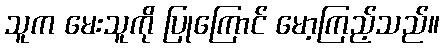
သူက မေးသူကို ပြုကြောင် မော့ကြည့်သည်။